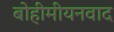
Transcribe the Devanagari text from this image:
बोहीमीयनवाद